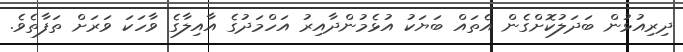
ދިރިއުޅުން ބަދަލުކޮށްގެން އެތައް ބަޔަކު އުޅެމުންދާއިރު އަހްމަދުގެ އާއިލާގެ ވާހަކަ ވަރަށް ތަފާތެވެ.